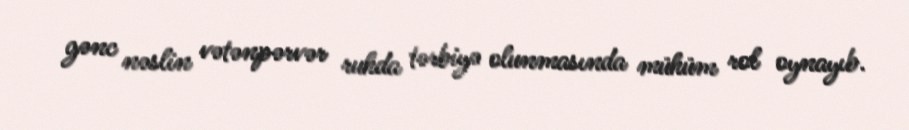
gənc nəslin vətənpərvər ruhda tərbiyə olunmasında mühüm rol oynayıb.